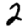
Digit: 2